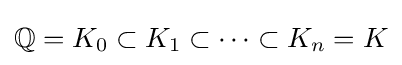
\mathbb {Q} =K_{0}\subset K_{1}\subset \dots \subset K_{n}=K